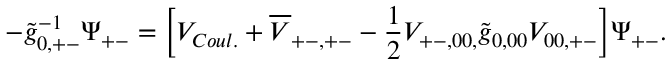
- \widetilde g _ { 0 , + - } ^ { - 1 } \Psi _ { + - } = \bigg [ V _ { C o u l . } + \overline { { V } } _ { + - , + - } - \frac { 1 } { 2 } V _ { + - , 0 0 , } \widetilde g _ { 0 , 0 0 } V _ { 0 0 , + - } \bigg ] \Psi _ { + - } .